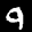
Label: 9